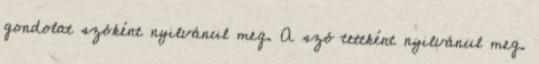
gondolat szóként nyilvánul meg. A szó tettként nyilvánul meg.